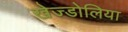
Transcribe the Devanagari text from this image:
खेज्डोलिया